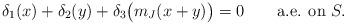
LaTeX: \begin{align*} \delta_1(x)+\delta_2(y)+\delta_3\bigl(m_J(x+y)\bigr) = 0 \qquad\mbox{a.e. on } S.\end{align*}